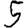
Digit: 5